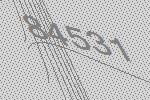
84531